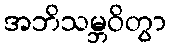
အဘိသမ္ဘဝိတွာ